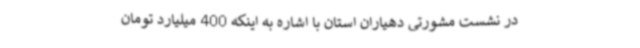
در نشست مشورتی دهیاران استان با اشاره به اینکه 400 میلیارد تومان